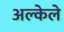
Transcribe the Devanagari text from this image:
अल्केले